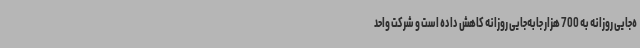
ه‌جایی روزانه به 700 هزار جابه‌جایی روزانه کاهش داده است و شرکت واحد